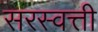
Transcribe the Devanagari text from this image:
सरस्वत्ती